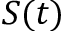
S ( t )